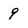
Character: 9